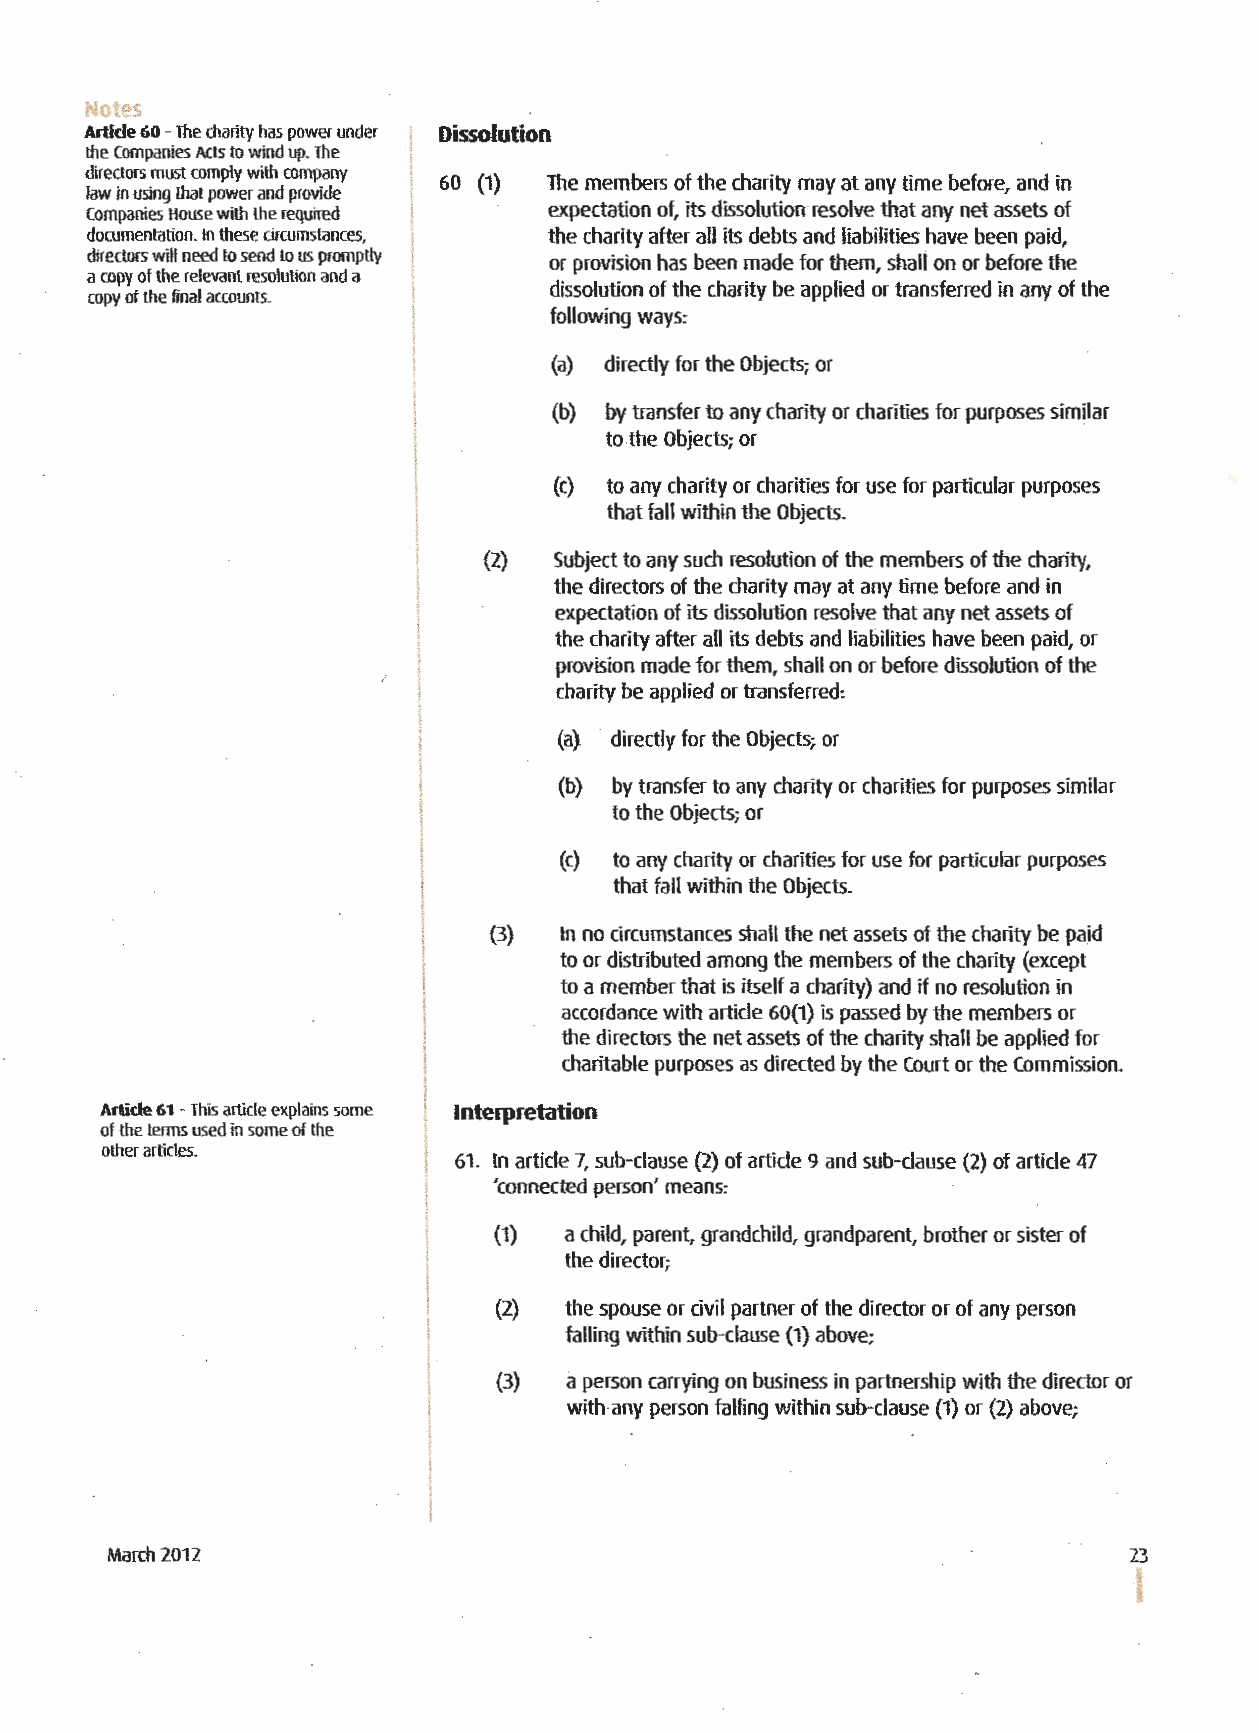
.'otes
 Artide 60 -The charity has power under Dissolution
 the Companies Acts to wind up. The
 directors must comply with company
 60 (1} The members of the charity may at any time before, and in
 law in using that power and provide
 companies House with the required expectation of, its dissolution·r esolve that any net assets of
 documentation. In these circumstances, the charity after all its debts and liabilities have been paid,
 directors will need to send to us promptly or provision has been made for them, shall on or before the
 a copy of the relevant resolution and a
 dissolution of the charity be applied or transferred in any of the
 copy of the final accounts.
 following ways:
 (a) directly for the Objects; or
 (b) by transfer to any charity or charities for purposes similar
 to the Objects; or
 (c) to any charity or charities for use for particular purposes
 that fall within the Objects.
 (2)  Subject to any such resolution of the members of the charity,
 the directors of the charity may at any time before and in
 expectation of its dissolution resolve that any net assets of
 the charity after all its debts and liabilities have been paid, or
 provision made for them, shall on or before dissolution of the
 charity be applied or transferred:
 (a) directly for the Objects; or
 (b) by transfer to any charity or charities for purposes similar
 to the Objects; or
 I
 l        (c) to any charity or charities for use for particular purposes
 that fall within the Objects.
 I
 {3)  In no circumstances shall the net assets of the charity be paid
 l
 to or distributed among the members of the charity (except
 l
 to a member that is itself a charity) and if no resolution in
 accordance with article 60(1) is passed by the members or
 I        the directors the net assets of the charity shall be applied for
 charitable purposes as directed by the Court or the Commission.
 !
 Artide 61 -This article explains some Interpretation
 of the terms used in some of the
 other articles.
 61. In article 7, sub-clause (2) of article 9 and sub-clause (2} of article 47
 'connected person' means:
 (1} a child, parent, grandchild, grandparent, brother or sister of
 I        the director;
 \    (2) the spouse or civil partner of the director or of any person
 l
 falling within sub-clause (1) above;
 i
 l         a
 {3}   person carrying on business in partnership with the director or
 I         with any person falling within sub-clause (1} or (2} above;
 !
 I
 I
 March 2011                                                          23